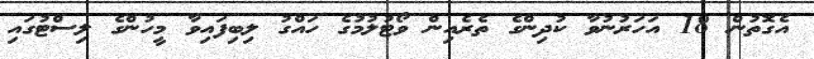
އެގޮތުން 18 އަހަރުނުވާ ކުދިންގެ ތެރެއިން ވޯޓުލުމުގެ ހައްގު ލިބިފައިވާ މީހުންގެ ލިސްޓުގައި